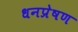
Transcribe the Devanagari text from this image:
धनप्रेषण